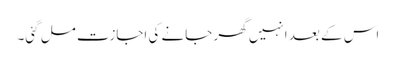
اس کے بعد انہیں گھر جانے کی اجازت مل گئی۔